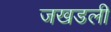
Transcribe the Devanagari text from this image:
जखडली